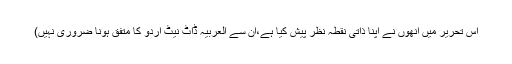
اس تحریر میں انھوں نے اپنا ذاتی نقطہ نظر پیش کیا ہے،ان سے العربیہ ڈاٹ نیٹ اردو کا متفق ہونا ضروری نہیں)